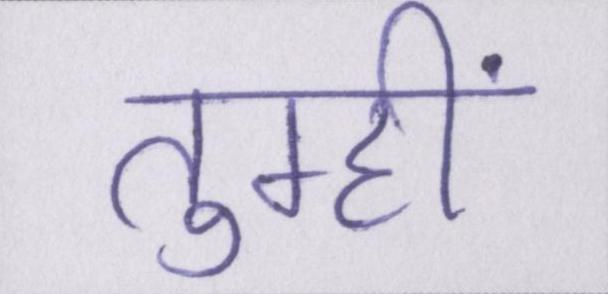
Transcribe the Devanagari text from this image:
तुम्हीं